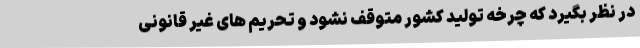
در نظر بگیرد که چرخه تولید کشور متوقف نشود و تحریم های غیر قانونی